Annual administration and progress report of the Indian Medical Department, Bombay
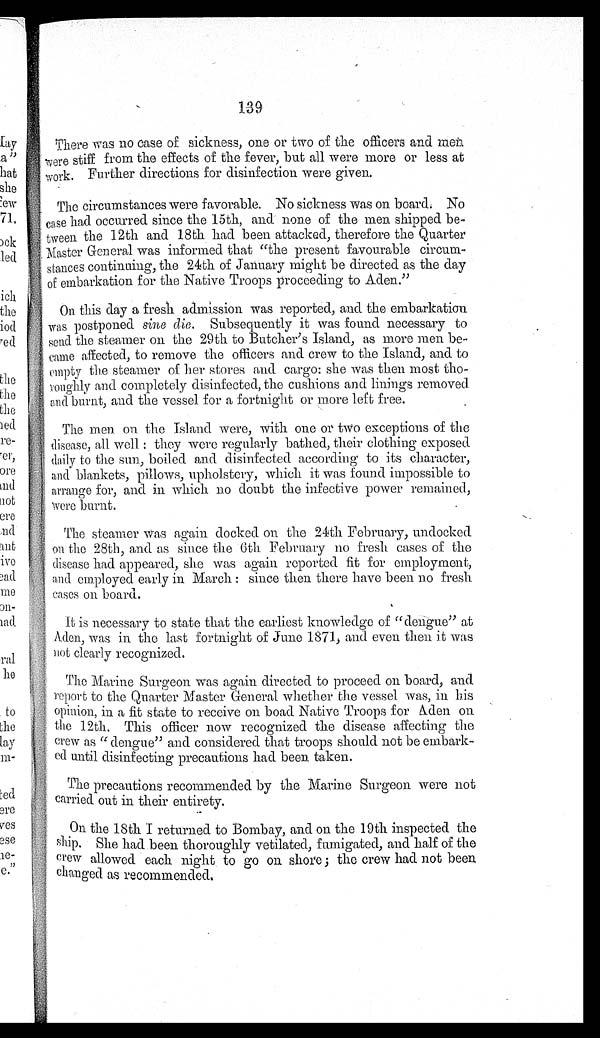
139
There was no case of sickness, one or two of the officers and met
were stiff from the effects of the fever, but all were more or less at
work. Further directions for disinfection were given.
The circumstances were favorable. No sickness was on board. No
case had occurred since the 15th, and none of the men shipped be-
tween the 12th and 18th had been attacked, therefore the Quarter
Master General was informed that "the present favourable circum-
stances continuing, the 24th of January might be directed as the day
of embarkation for the Native Troops proceeding to Aden."
On this day a fresh admission was reported, and the embarkation
was postponed sine die. Subsequently it was found necessary to
send the steamer on the 29th to Butcher's Island, as more men be-
came affected, to remove the officers and crew to the Island, and to
empty the steamer of her stores and cargo: she was then most
tho-roughly and completely disinfected, the cushions and linings removed
and burnt, and the vessel for a fortnight or more left free.
The men on the island were, with one or two exceptions of the
disease, all well : they were regularly bathed, their clothing exposed
daily to the sun, boiled and disinfected according to its character,
and blankets, pillows, upholstery, which it was found impossible to
arrange for, and in which no doubt the infective power remained,
were burnt.
The steamer was again docked on the 24th February, undocked
on the 28th, and. as since the 6th February no fresh cases of the
disease had appeared, she was again reported fit for employment,
and employed early in March : since then there have been no fresh
eases on board.
It is necessary to state that the earliest knowledge of "dengue" at
Aden, was in the last fortnight of June 1871, and even then it was
not clearly recognized.
T h e Ma r i t n e S u r g e o n wa s a g a i n d i r e c t e d t o p r o c e e d o n b o a r d , a n d
report to the Quarter Master General whether the vessel was, in his
Opinion, in a fit state to receive on bond Native Troops for Aden on
the 12th. This officer now recognized the disease affecting the
crew as "dengue" and considered that troops should not be embark-
ed until disinfecting precautions had been taken.
The precautions recommended by the Marine Surgeon were not
carried out in their entirety.
On the 18th I returned to Bombay, and on the 19th inspected the
ship. She had been thoroughly vetilated, fumigated, and half of the
crew allowed each night to go on shore; the crew had not been
changed as recommended.